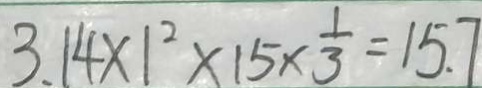
3 . 1 4 \times 1 ^ { 2 } \times 1 5 \times \frac { 1 } { 3 } = 1 5 . 7